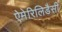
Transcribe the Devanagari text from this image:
ऐमेरिलिडैसी